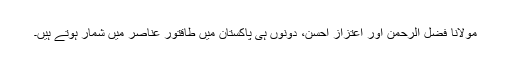
مولانا فضل الرحمٰن اور اعتزاز احسن، دونوں ہی پاکستان میں طاقتور عناصر میں شمار ہوتے ہیں۔